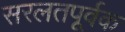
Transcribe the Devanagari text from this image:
सरलतपूर्वक